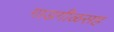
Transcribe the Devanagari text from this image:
गाडगीळसह